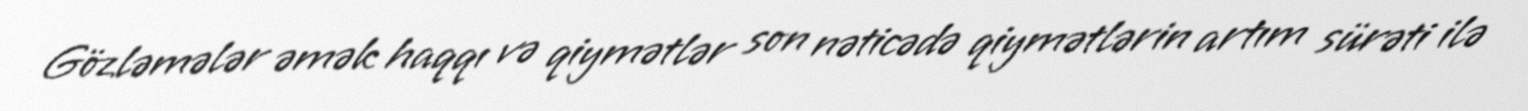
Gözləmələr əmək haqqı və qiymətlər son nəticədə qiymətlərin artım sürəti ilə